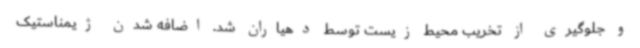
و جلوگیری از تخریب محیط زیست توسط دهیاران شد. اضافه شدن ژیمناستیک